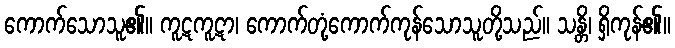
ကောက်သောသူ၏။ ကူဋကူဋာ၊ ကောက်တုံ့ကောက်ကုန်သောသူတို့သည်။ သန္တိ၊ ရှိကုန်၏။